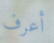
أعرف